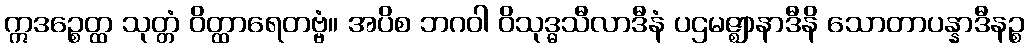
ဣဒဉ္စေတ္ထ သုတ္တံ ဝိတ္ထာရေတဗ္ဗံ။ အပိစ ဘဂဝါ ဝိသုဒ္ဓသီလာဒီနံ ပဌမဇ္ဈာနာဒီနိ သောတာပန္နာဒီနဉ္စ